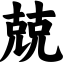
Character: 兢